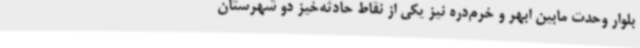
بلوار وحدت مابین ابهر و خرم‌دره نیز یکی از نقاط حادثه‌خیز دو شهرستان